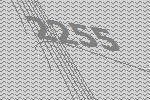
2255